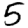
Digit: 5